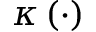
\kappa \left( \cdot \right)